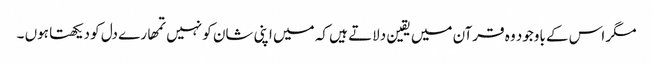
مگر اس کے باوجود وہ قرآن میں یقین دلاتے ہیں کہ میں اپنی شان کو نہیں تمھارے دل کو دیکھتا ہوں ۔